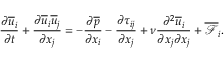
\frac { \partial \overline { { u } } _ { i } } { \partial t } + \frac { \partial \overline { { u } } _ { i } \overline { { u } } _ { j } } { \partial x _ { j } } = - \frac { \partial \overline { { p } } } { \partial x _ { i } } - \frac { \partial \tau _ { i j } } { \partial x _ { j } } + \nu \frac { \partial ^ { 2 } \overline { { u } } _ { i } } { \partial x _ { j } \partial x _ { j } } + \overline { { \mathcal { F } } } _ { i } .